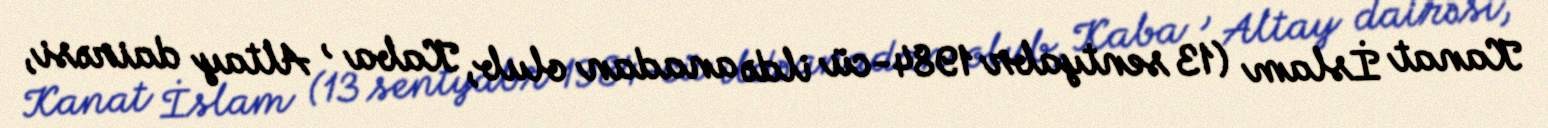
Kanat İslam (13 sentyabr 1984-cü ildə anadan olub, Kaba , Altay dairəsi,